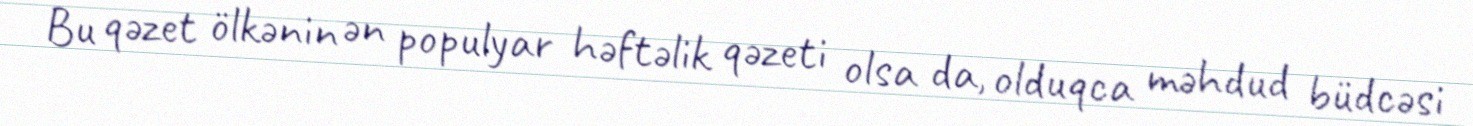
Bu qəzet ölkənin ən populyar həftəlik qəzeti olsa da, olduqca məhdud büdcəsi